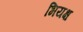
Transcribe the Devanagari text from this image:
भियक्ष